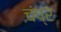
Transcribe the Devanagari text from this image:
चंप्र